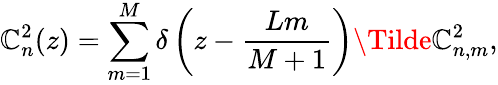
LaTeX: \mathbb{C}_{n}^{2}(z)=\sum_{m=1}^{M}\delta\left(z-\frac{{Lm}}{{M+1}}\right)\Tilde{\mathbb{C}}_{n,m}^{2},